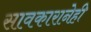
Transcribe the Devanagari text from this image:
सावकारानेही